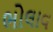
ભોલાવ